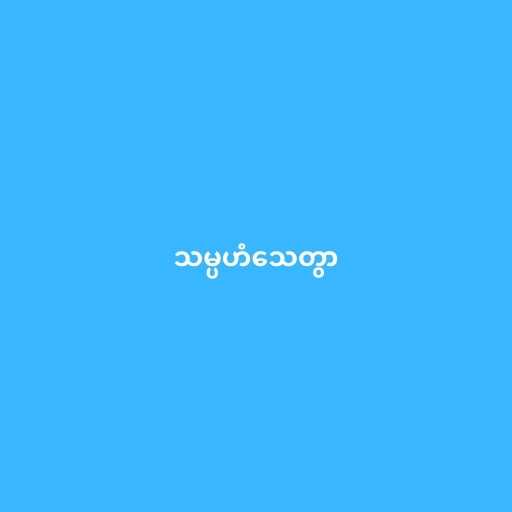
သမ္ပဟံသေတွာ